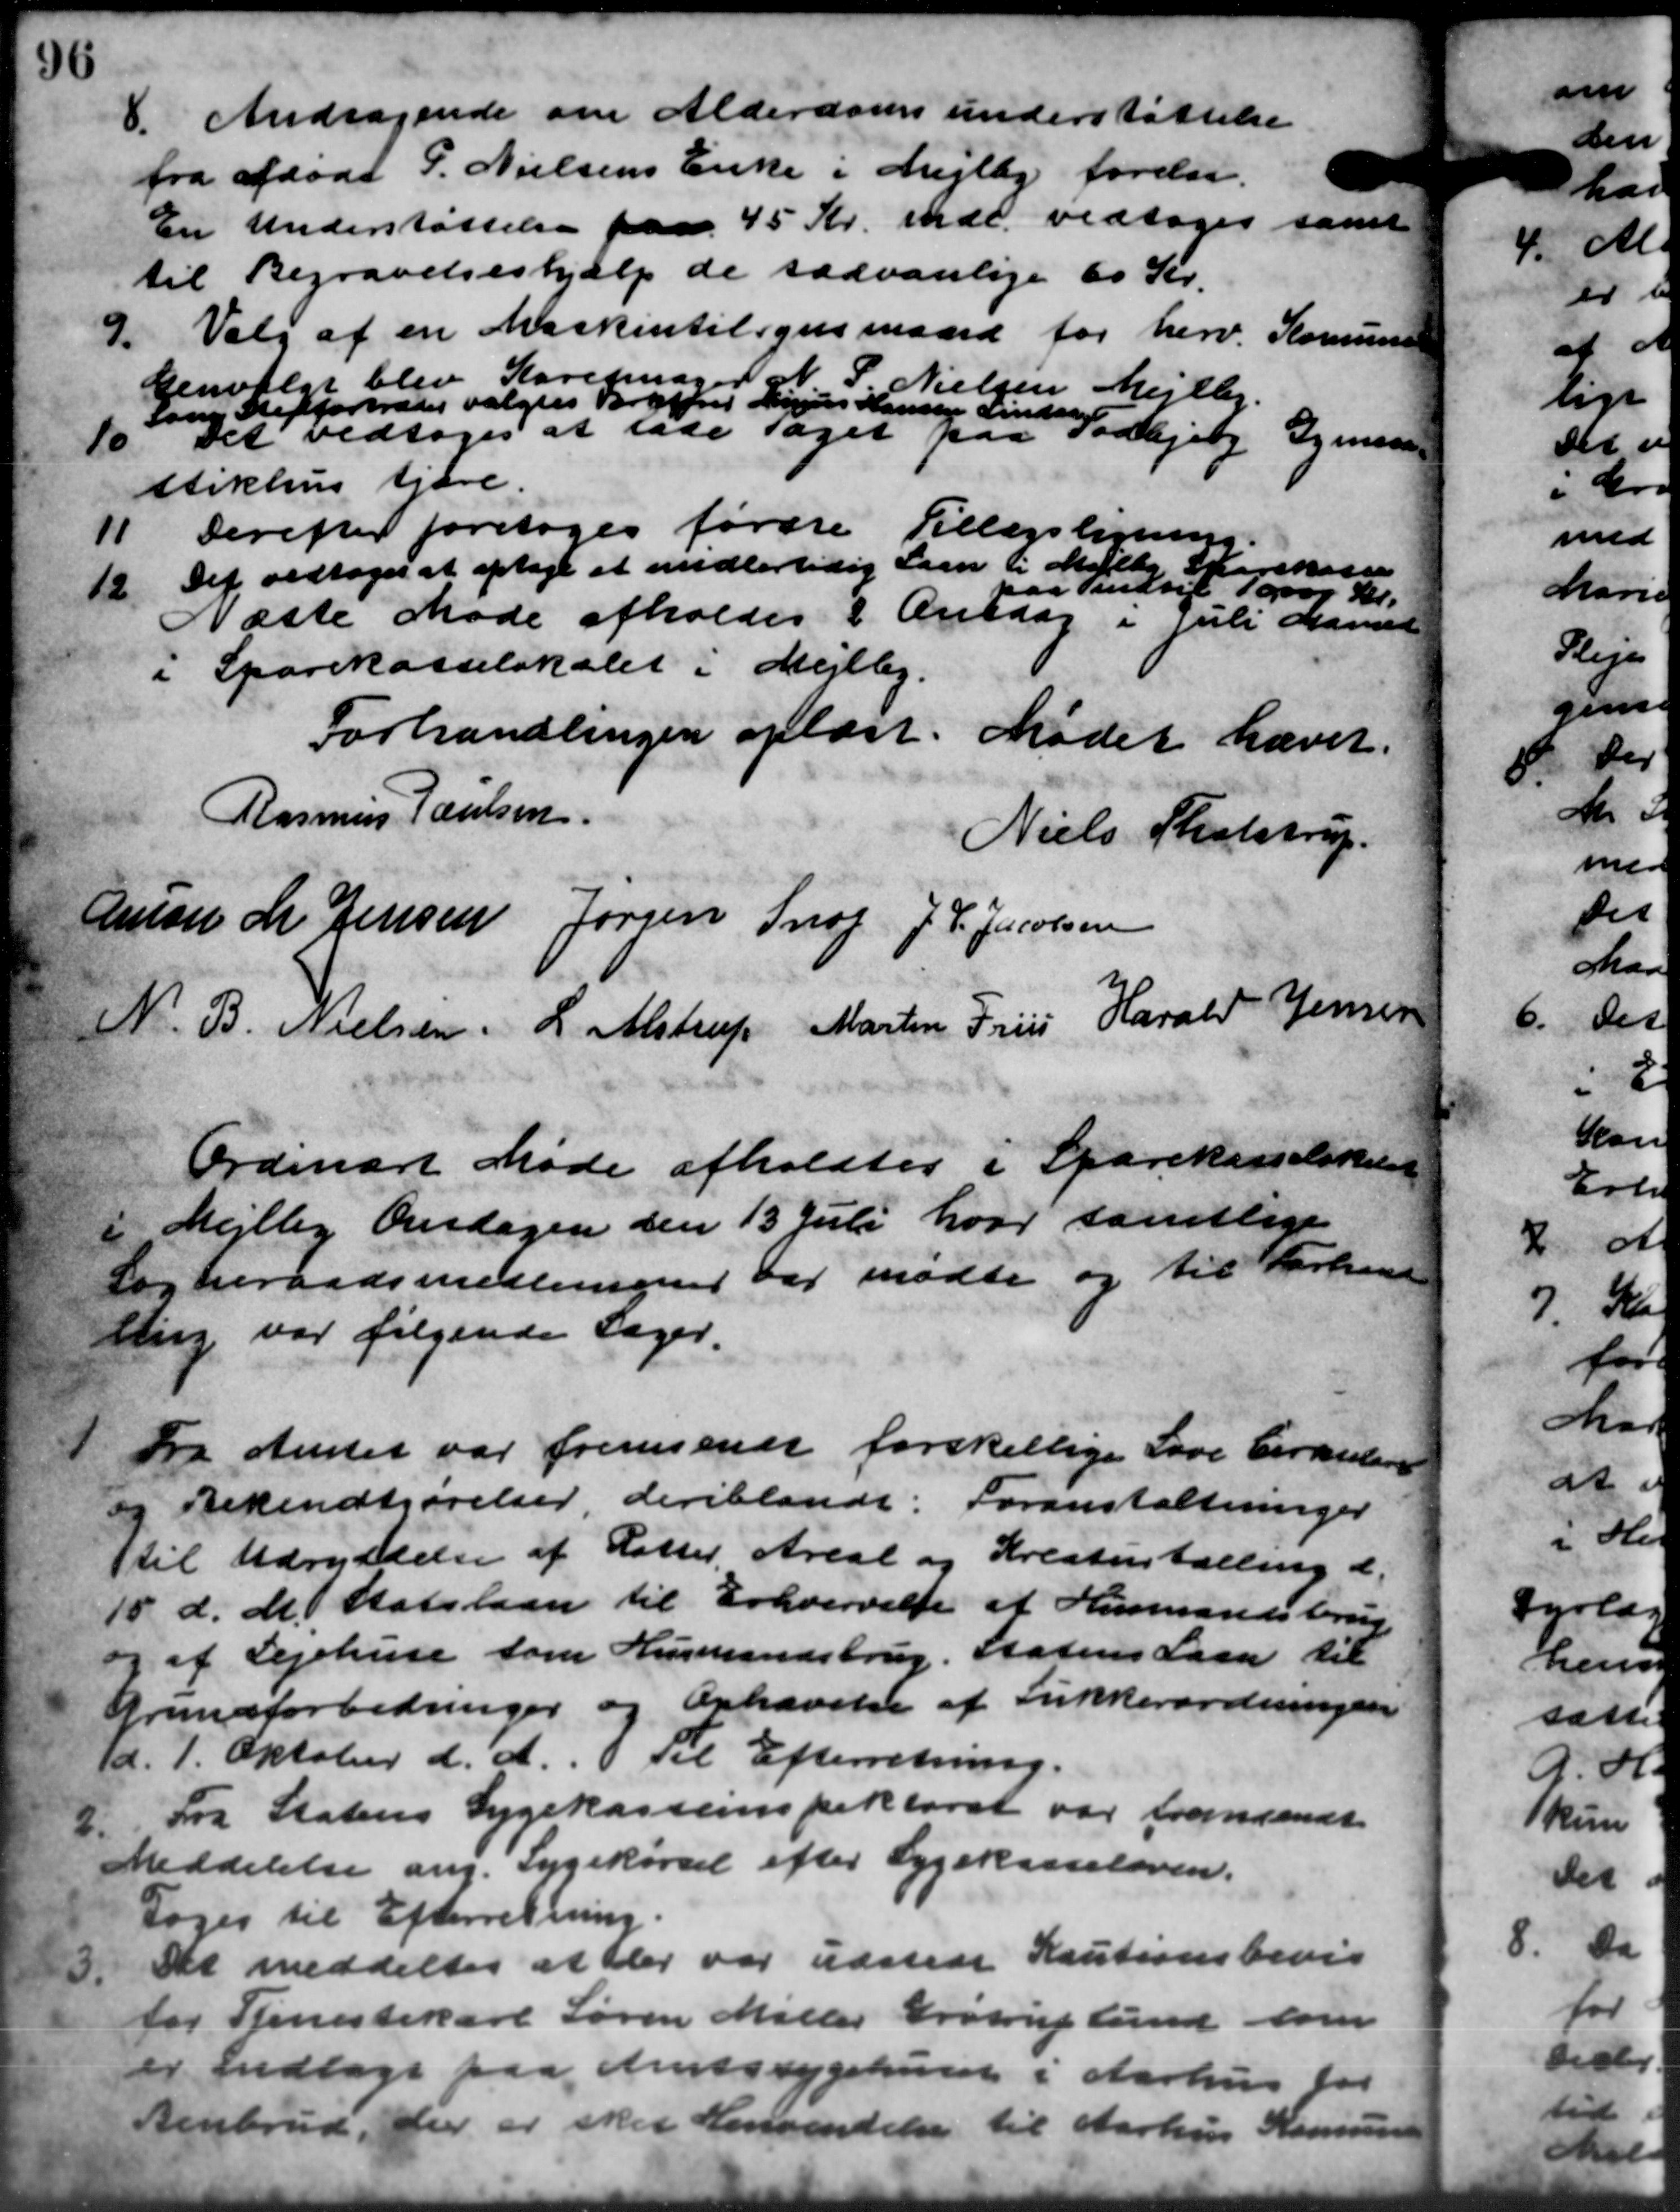
Transskription:
. Andragende om Alderdomsunderstøttelse
. Andragende om Alderdomsunderstøttelse
fra afdøde P. Nielsens Enke i Mejlby forelaa.
En Understøttelse paa 45 Kr. mdl. vedtoges samt
til Begravelseshjælp de sædvanlige 60 Kr.
9. Valg af en Maskintilsynsmaard for herv
Komune
Genvalgt blev Karetmager P. Nielsen Mejlby.
sang Steffortræder valgtes Broffred Linius Hansen Lindaa
10
Det vedtoges at lade taget paa Todbjerg Gymn
stikhus tjære
Derefter foretoges første Tillægslignings
11
Det vedtoges at optage et midlertidig Laan i Mejlby Sparekassen
paa indtil 10000 Bl.
12
Næste Møde afholdes i Onsdag i Juli Hanse
i Sparekasselokalet i Mejlby.
Forhandlingen oplæst. Mødet hævet
Rasmus Poulsen
Niels Tholstrup
Amon M. Jensen Jørgen Snog J. P. Jacobsen
N. B. Nielsen, L. Alstrup Martin Friis Harald Jensen
Ordinært Møde afholdtes i Sparekasselskal
i Mejlby Onsdagen den 13 Juli hvor samtlige
Sogneraadsmedlemmer var mødte og til Forhand
lling var følgende Sager.
1 Fra Amtet var fremsende forskellige Love Cirkulærer
1 Fra Amtet var fremsende forskellige Love Cirkulærer
og Bekendtgørelser deriblandt: Foranstaltninger
til Udryddelse af Datter Areal og Kreaturtælling d.
18 d. M. Statslaan til Erhvervelse af Husmandsbrug
og af Lejehuse som Husmandsbrug. Statens Laan til
Grundforbedringer og Ophævelse af Lukkerordningen
d. 7. Oktober d. A. Til Efterretning.
2.
Fra Statens Sygekasseinspektorat var fremsendt
Meddelelse ang. Sygekørsel efter Sygekasseloven.
Toges til Efterretning.
3.
Det meddeltes at der var udstede Kautionsbevis
for Kinestekarl Søren Miller Erstrup Lund som
er Indtage paa Amtssygehuset i Aarhus til
Benbrud, der er sket henvendelse til Aarhus Komus